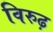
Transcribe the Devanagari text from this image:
विरुढ़